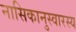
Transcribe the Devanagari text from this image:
नासिकानुस्वारस्य